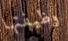
وظيفتها